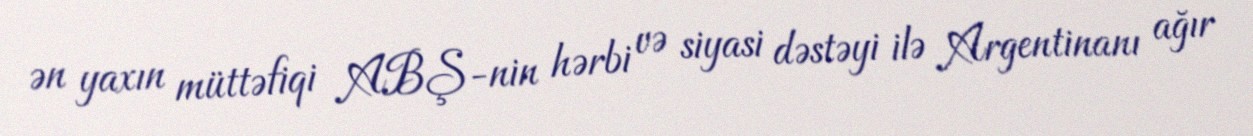
ən yaxın müttəfiqi ABŞ-nin hərbi və siyasi dəstəyi ilə Argentinanı ağır